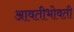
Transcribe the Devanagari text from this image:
आवतीभोवती